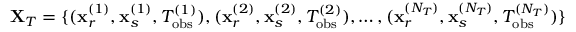
{ \bf X } _ { T } = \{ ( { \bf x } _ { r } ^ { ( 1 ) } , { \bf x } _ { s } ^ { ( 1 ) } , T _ { \mathrm { o b s } } ^ { ( 1 ) } ) , ( { \bf x } _ { r } ^ { ( 2 ) } , { \bf x } _ { s } ^ { ( 2 ) } , T _ { \mathrm { o b s } } ^ { ( 2 ) } ) , \dots , ( { \bf x } _ { r } ^ { ( N _ { T } ) } , { \bf x } _ { s } ^ { ( N _ { T } ) } , T _ { \mathrm { o b s } } ^ { ( N _ { T } ) } ) \}